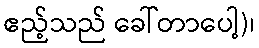
ဧည့်သည် ခေါ်တာပေါ့)၊